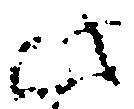
此